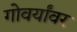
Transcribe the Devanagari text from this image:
गोवर्यांवर